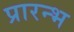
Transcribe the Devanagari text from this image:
प्रारन्भ